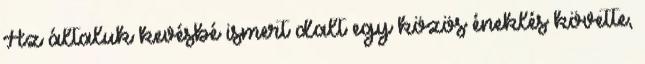
Az általuk kevésbé ismert dalt egy közös éneklés követte,